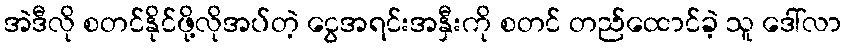
အဲဒီလို စတင်နိုင်ဖို့လိုအပ်တဲ့ ငွေအရင်းအနှီးကို စတင် တည်ထောင်ခဲ့ သူ ဒေါ်လာ